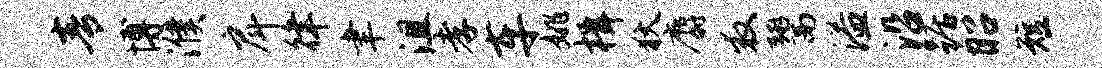
青博濮戽律聿沮孝车姚楫狄麝救鬻溢沿踞昭短